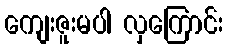
ကျေးဇူးမပါ လှကြောင်း